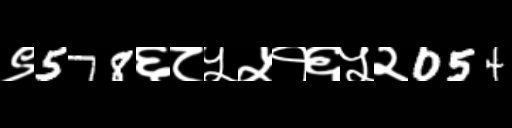
Text: ९578६८५५१६५२054